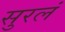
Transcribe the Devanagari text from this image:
सुरलं